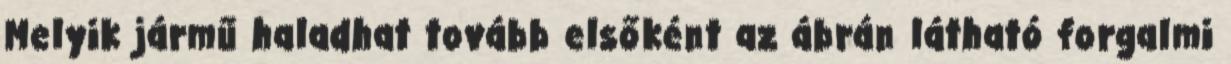
Melyik jármű haladhat tovább elsőként az ábrán látható forgalmi